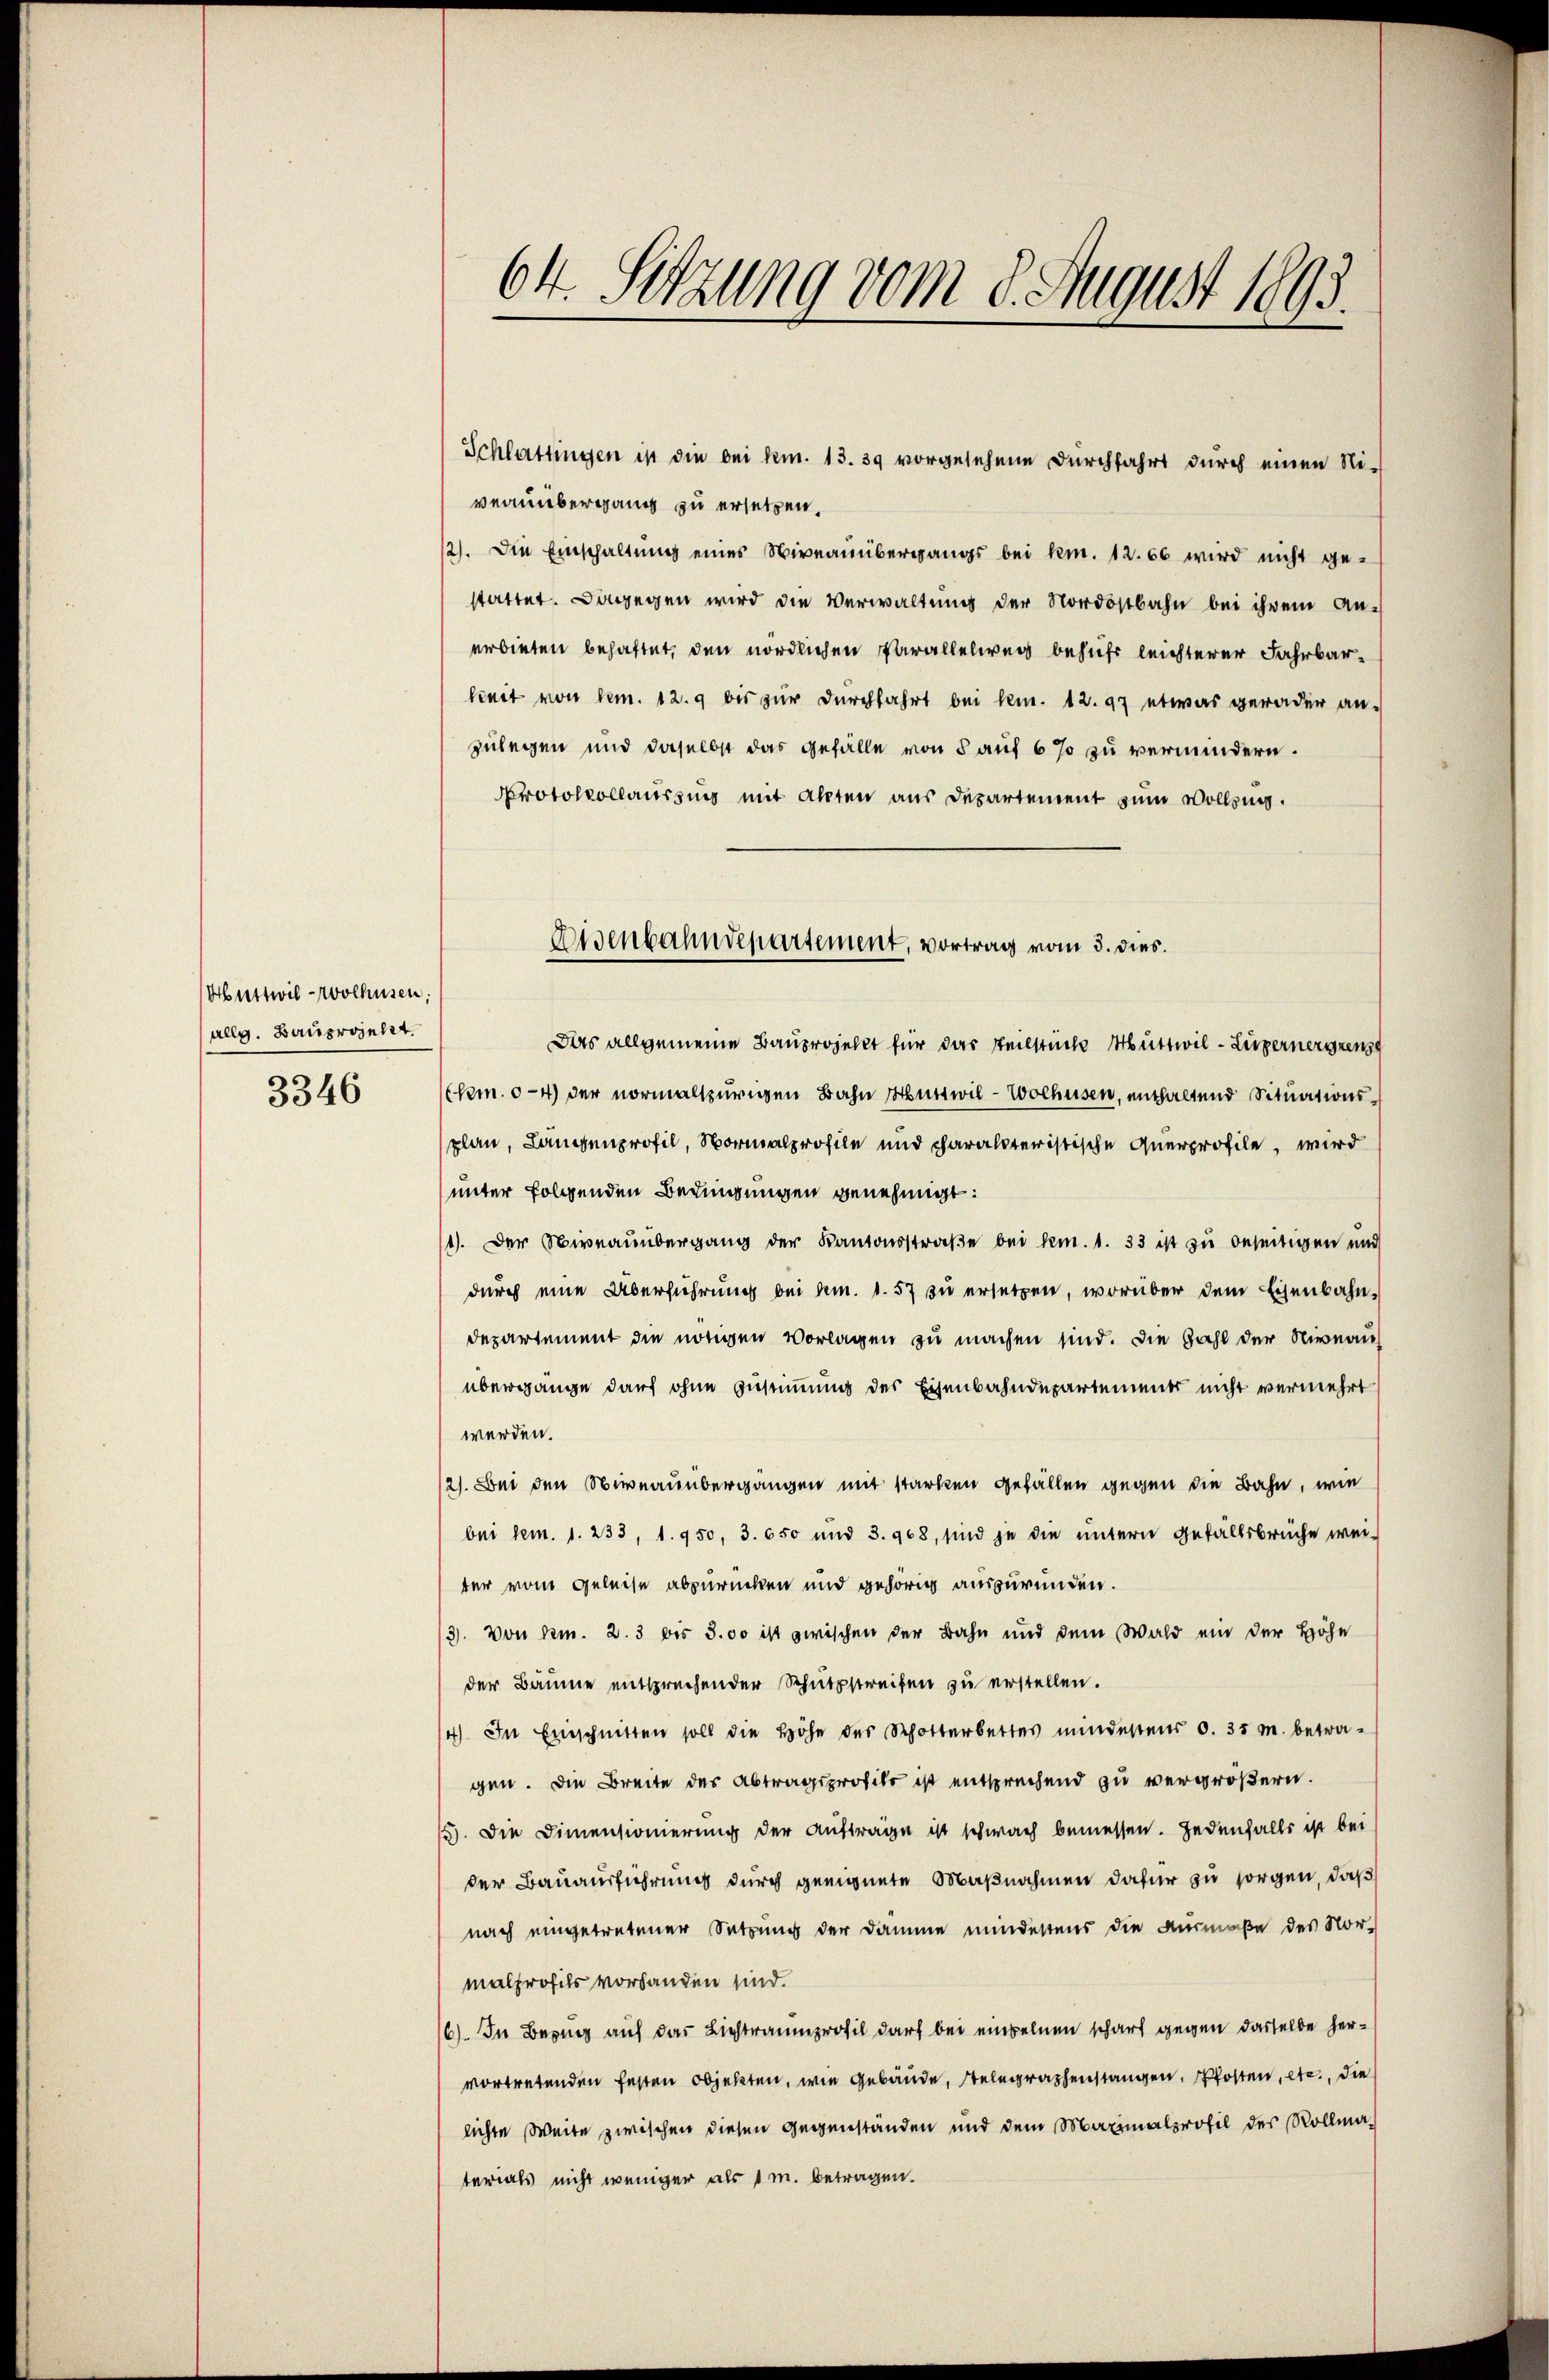
Abnttwil-Wolhusen,
allg. Bauprojekt.
3346

64. Sitzung vom 8. August 1893.

Schlattingen ist die bei kn. 13. 39 vorgesehene Durchfahrt durch einen Ni-
veaumbergang zu ersetzen.
12). Die Einschaltung eines Niveauübergangs bei kn. 12. 66 wird nicht ge-
stattet. Dagegen wird die Verwaltung der Nordostbahn bei ihrem An-
erbieten behaftet, den nördlichen Parallelweg behufs leichterer Fahrbarkeit von um. 12. 9 bis zur Durchfahrt bei kam. 12. 97 etwas gerader an-
zulegen und daselbst das gefälle von 5 auf 6 % zu vermindern.
Protokollaussung mit Akten aus Departement zum Wolling.
Das allgemeine Bauprojellt für das Teilstücke Muttwil - Zugernerirens
km. 4) der normalspurigen Bahn Huttwil-Wolhusen, enthaltend Situationsplan, Langenprofil, Normalprofile und charakteristische Querprofile, wird
unter folgenden Bedingungen genehmigt:
1). Der Niveauübergang der Kantonsstraβe bei dem. 1. 33 ist zu beseitigen und
durch eine Überführung bei Am. 1. 57 zu ersetzen, worüber dem Eisenbahn¬
Departement die nötigen Vorlagen zu machen sind. Die Zahl der Niveau
übergange darf ohne Zustimmung des Eisenbahndepartements nicht vermehrt
werden.
2). Bei den Niveaunbergangen mit starken gefällen gegen die Bahn, wie
bei dem. 1. 233, 1. 950, 3. 650 und 3. 908, sind je die ŭntern Gefallsbrüche wei-
ter vom Geleise abzurücken und gehörig auszuründen.
3. Von Am. 2. 3 bis 300 ist zwischen der Bahn und dem Wald ein der Höhe
der Bäume entsprechender Schutzstreifen zu erstellen.
4) In Einschnitten soll die Höhe der Schotterbettes mindestens 0. 35 m. betra-
gen. Die Breite des Abtragsprofiso ist entsprechend zu vergrößern.
3). Die Dimensionierung der Auftrage ist schwach bemessen. Jedenfalls ist bei
der Bauausführung durch geeignete Maßnahmen dafür zu sorgen, daß
nach eingetretener Satzung der Dämme mindestens die Ausmaße des Nor-
malprofils vorhanden sind.
6). In Bezug auf das Lichtraumprofil darf bei einzelnen scharf gegen dasselbe hervortretenden festen objekten, wie Gebäude, Telegraphenstangen. kosten, etc., die
lichte Weite zwischen diesen Gegenständen und dem Maximalprofil des Vollmaterials nicht weniger als 1 m. betragen.

Eisenbahndepartement, vortrag vom 3. dies.